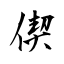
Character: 偰